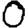
Digit: 0